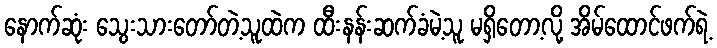
နောက်ဆုံး သွေးသားတော်တဲ့သူထဲက ထီးနန်းဆက်ခံမဲ့သူ မရှိတော့လို့ အိမ်ထောင်ဖက်ရဲ့